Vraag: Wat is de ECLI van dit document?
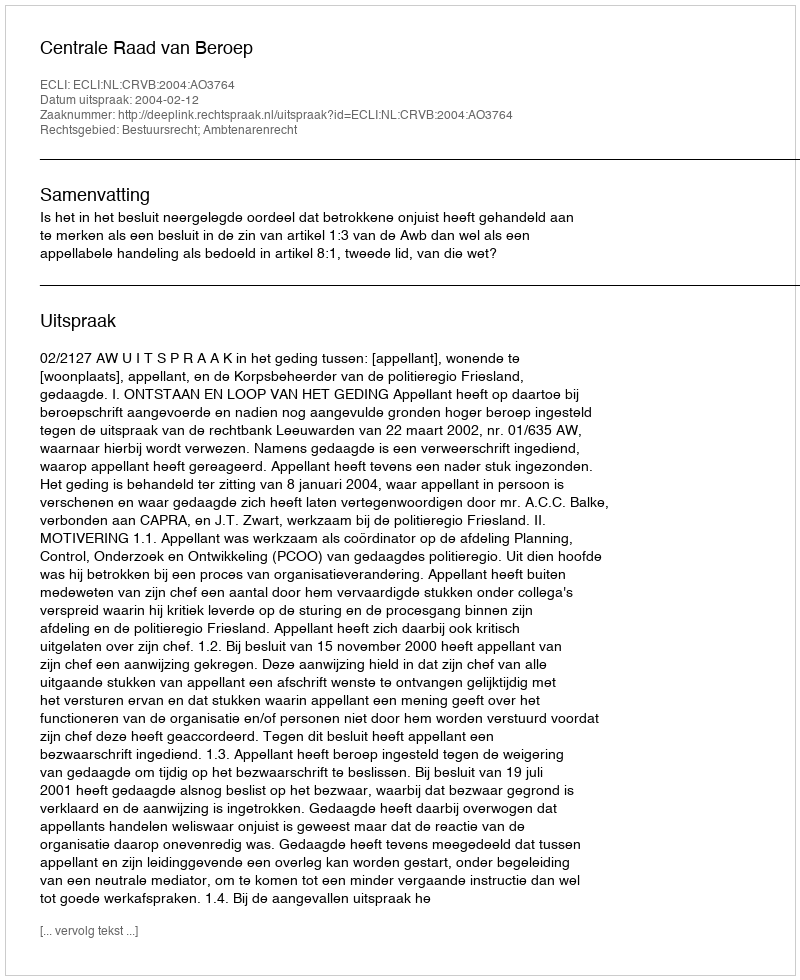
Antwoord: ECLI:NL:CRVB:2004:AO3764